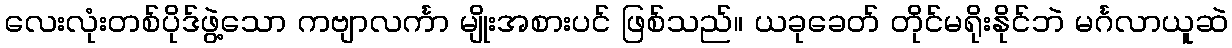
လေးလုံးတစ်ပိုဒ်ဖွဲ့သော ကဗျာလင်္ကာ မျိုးအစားပင် ဖြစ်သည်။ ယခုခေတ် တိုင်မရိုးနိုင်ဘဲ မင်္ဂလာယူဆဲ